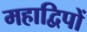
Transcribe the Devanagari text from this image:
महाद्विपों